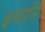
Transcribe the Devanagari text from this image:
इमानि